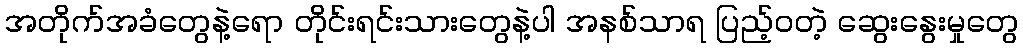
အတိုက်အခံတွေနဲ့ရော တိုင်းရင်းသားတွေနဲ့ပါ အနစ်သာရ ပြည့်ဝတဲ့ ဆွေးနွေးမှုတွေ